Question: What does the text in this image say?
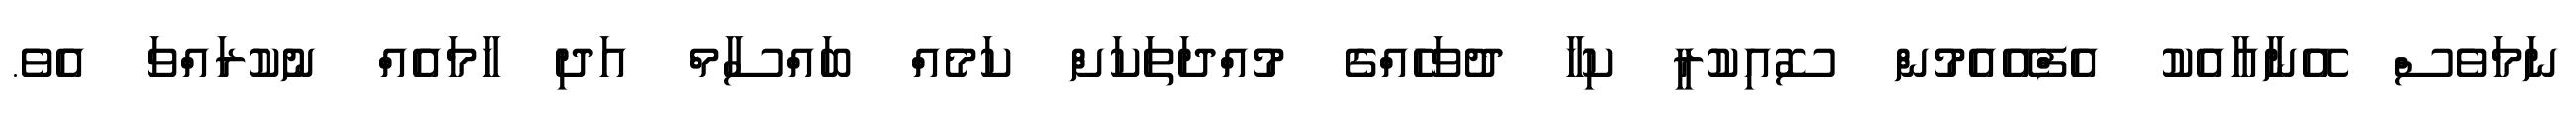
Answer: ނަމަވެސް އޭނާއާއެކު އެފްއޭއެމުން ސޮއިކުރީ ކިހާ ދުވަހެއްގެ މުއްދަތަކަށް ކަމެއް ބައްސާމް އަދި ހާމައެއް ނުކުރައްވަ އެވެ.